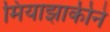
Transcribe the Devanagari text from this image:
मियाझाकीने